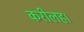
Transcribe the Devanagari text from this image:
करीलह।